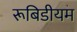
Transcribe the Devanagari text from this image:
रूबिडीयम